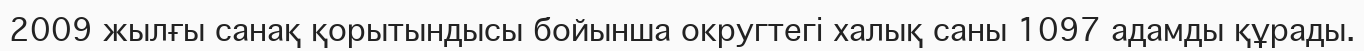
2009 жылғы санақ қорытындысы бойынша округтегі халық саны 1097 адамды құрады.